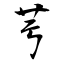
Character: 芌